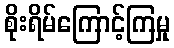
စိုးရိမ်ကြောင့်ကြမှု